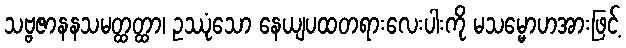
သဗ္ဗဇာနနသမတ္ထတ္ထာ၊ ဥဿုံသော နေယျပထတရားလေးပါးကို မသမ္မောဟအားဖြင့်